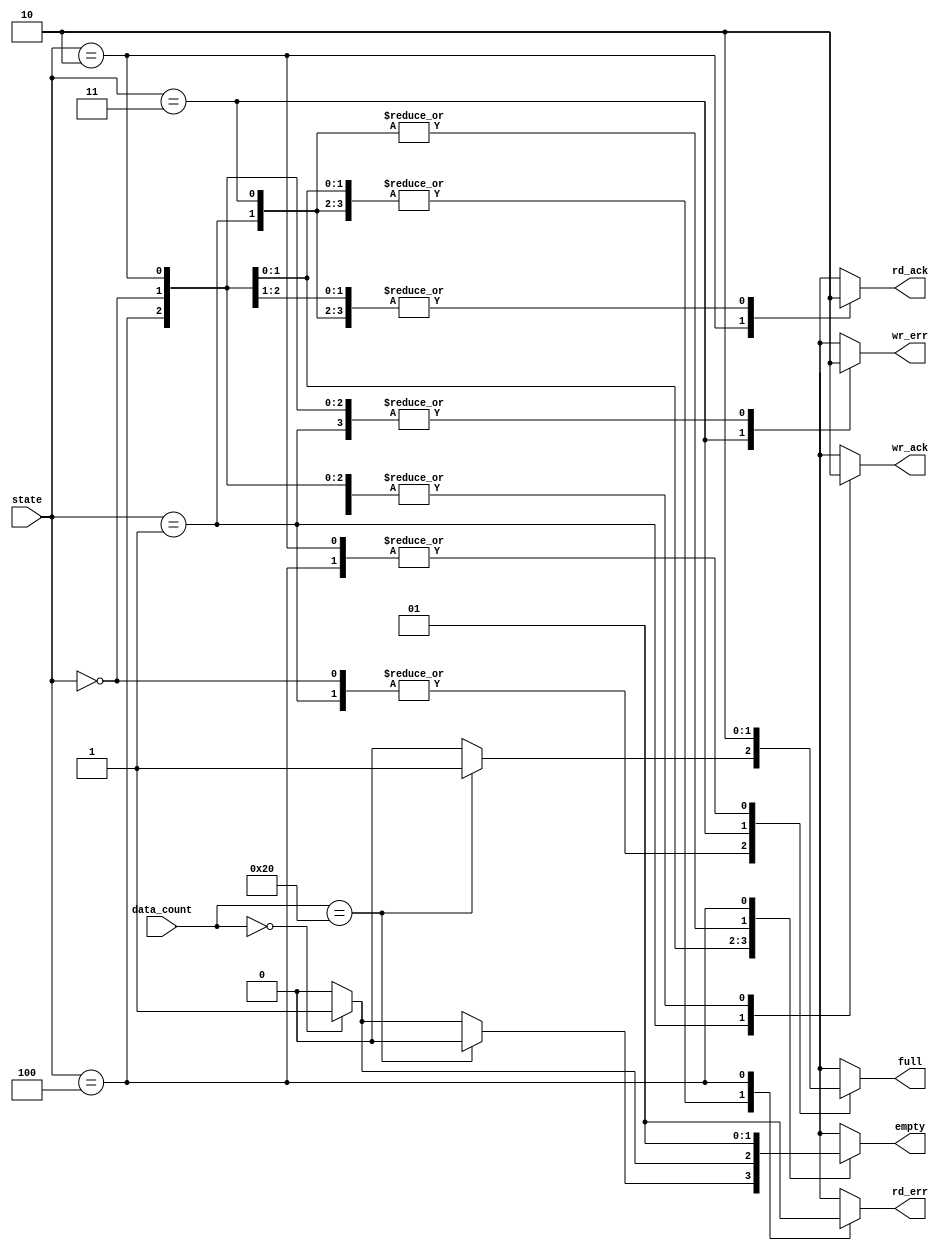
module fifo_out_out(state, data_count, full, empty, wr_ack, wr_err, rd_ack, rd_err);
	input [2:0] state;				//input ports
	input [5:0] data_count;			
	
	output full, empty, wr_ack, wr_err, rd_ack, rd_err;	//output ports
	reg full, empty, wr_ack, wr_err, rd_ack, rd_err;
	
	parameter IDLE=3'b000;			//parameterize state value
	parameter WRITE=3'b001;
	parameter READ=3'b010;
	parameter WR_ERROR=3'b011;
	parameter RD_ERROR=3'b100;
				
	always@(state, data_count)		//whenever state, data_count are changed.
		case(state) 					//as state value, output value is allocated 0 or 1
			IDLE  	:	if(data_count==32)
							begin full=1; wr_ack=0; wr_err=0; empty=0 ; rd_ack=0; rd_err=0;	end	//when INIT state, output value
							else if(data_count==0)
							begin full=0; wr_ack=0; wr_err=0; empty=1 ; rd_ack=0; rd_err=0;	end
							else
							begin full=0; wr_ack=0; wr_err=0; empty=0 ; rd_ack=0; rd_err=0;	end
							
			WRITE		: 	if(data_count==32) 																	//when output state, output value
							begin full=1; wr_ack=1; wr_err=0; empty=0; rd_ack=0; rd_err=0;end 
							else
							begin full=0; wr_ack=1; wr_err=0; empty=0; rd_ack=0; rd_err=0;end
			
			READ		: 	if(data_count==0)
							begin full=0; wr_ack=0; wr_err=0; empty=1; rd_ack=1; rd_err=0; end	//when READ state, output value
							else
							begin full=0; wr_ack=0; wr_err=0; empty=0; rd_ack=1; rd_err=0; end
			
			WR_ERROR : begin full=1; wr_ack=0; wr_err=1; empty=0 ; rd_ack=0; rd_err=0; end	//when WR_ERROR state, output value
			
			RD_ERROR : begin full=0; wr_ack=0; wr_err=0; empty=1 ; rd_ack=0; rd_err=1; end	//when RD_ERROR state, output value
			
			default : begin wr_err=1'bx ; wr_ack=1'bx; rd_err=1'bx ; rd_ack=1'bx; full=1'bx; empty=1'bx;end
			//default value : every output values is unknown value
		endcase

endmodule			//end module